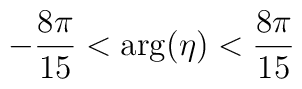
-{8\pi\over15} <{\rm arg}(\eta)<{8\pi\over15}